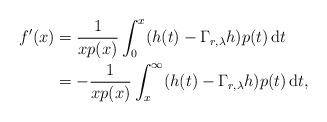
LaTeX: \begin{align*}f'(x)&=\frac{1}{xp(x)}\int_0^{x}(h(t)-\Gamma_{r,\lambda}h)p(t)\,\mathrm{d}t\\&=-\frac{1}{xp(x)}\int_x^{\infty}(h(t)-\Gamma_{r,\lambda}h)p(t)\,\mathrm{d}t,\end{align*}